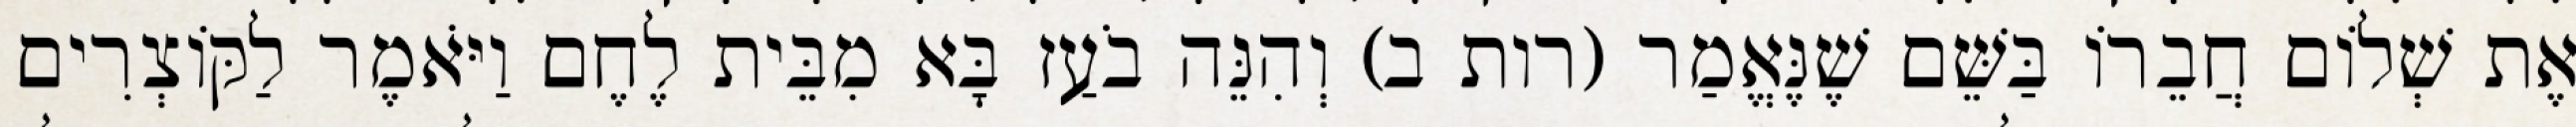
אֶת שְׁלוֹם חֲבֵרוֹ בַּשֵּׁם שֶׁנֶּאֱמַר (רות ב) וְהִנֵּה בֹעַז בָּא מִבֵּית לֶחֶם וַיֹּאמֶר לַקּוֹצְרִים